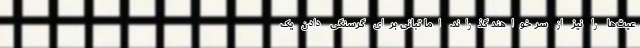
عیت‌ها را نیز از سر خواهند گذراند. اما تبانی برای گرسنگی‌ دادن یک